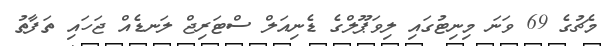
މެޗުގެ 69 ވަނަ މިނިޓުގައި ލިވަޕޫލްގެ ޑެނިއަލް ސްޓަރިޖް ލަނޑެއް ޖަހައި ތަފާތު